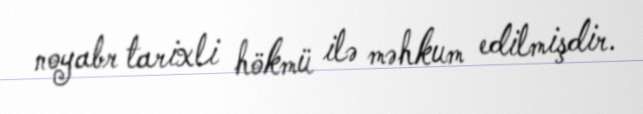
noyabr tarixli hökmü ilə məhkum edilmişdir.